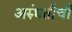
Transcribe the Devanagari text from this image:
अरुंधतीची